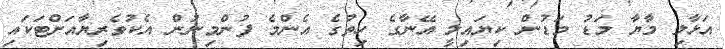
އަޅާލި މާޔާ މަޑު މަޑުން ކިޔައިލީ އޭނާގެ ހިތުގެ އެންމެ ފުންމިނުން އެކުވެރިޔާއަށްޓަކައި